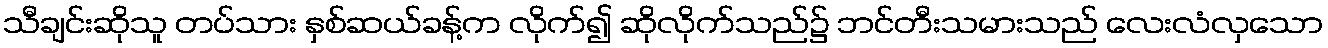
သီချင်းဆိုသူ တပ်သား နှစ်ဆယ်ခန့်က လိုက်၍ ဆိုလိုက်သည်၌ ဘင်တီးသမားသည် လေးလံလှသော